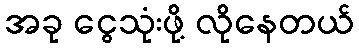
အခု ငွေသုံးဖို့ လိုနေတယ်